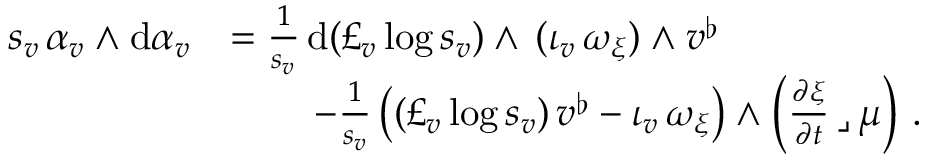
\begin{array} { r l } { s _ { v } \, \alpha _ { v } \wedge \mathrm { d } \alpha _ { v } } & { = \frac { 1 } { s _ { v } } \, \mathrm { d } ( \pounds _ { v } \log s _ { v } ) \wedge \, ( \iota _ { v } \, \omega _ { \xi } ) \wedge v ^ { \flat } } \\ & { \qquad \, - \frac { 1 } { s _ { v } } \, \big ( ( \pounds _ { v } \log s _ { v } ) \, v ^ { \flat } - \iota _ { v } \, \omega _ { \xi } \big ) \wedge \Big ( \frac { \partial \xi } { \partial t } \, \lrcorner \, \mu \Big ) \ . } \end{array}